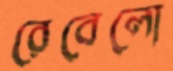
রেবেলো